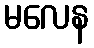
မလေန